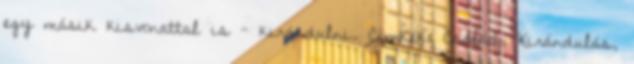
egy másik kisvonattal is - kirándulni. Címkék: Család, Kirándulás,